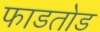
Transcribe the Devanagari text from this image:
फाडतोड